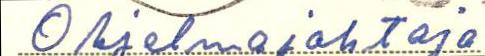
Ohjelmajohtaja